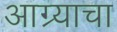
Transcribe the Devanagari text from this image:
आग्र्याचा